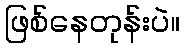
ဖြစ်နေတုန်းပဲ။